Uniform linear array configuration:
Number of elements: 8
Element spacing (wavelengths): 0.5
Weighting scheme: blackman
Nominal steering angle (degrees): -30
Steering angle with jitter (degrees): -31.154
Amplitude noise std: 0.05
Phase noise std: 0.05

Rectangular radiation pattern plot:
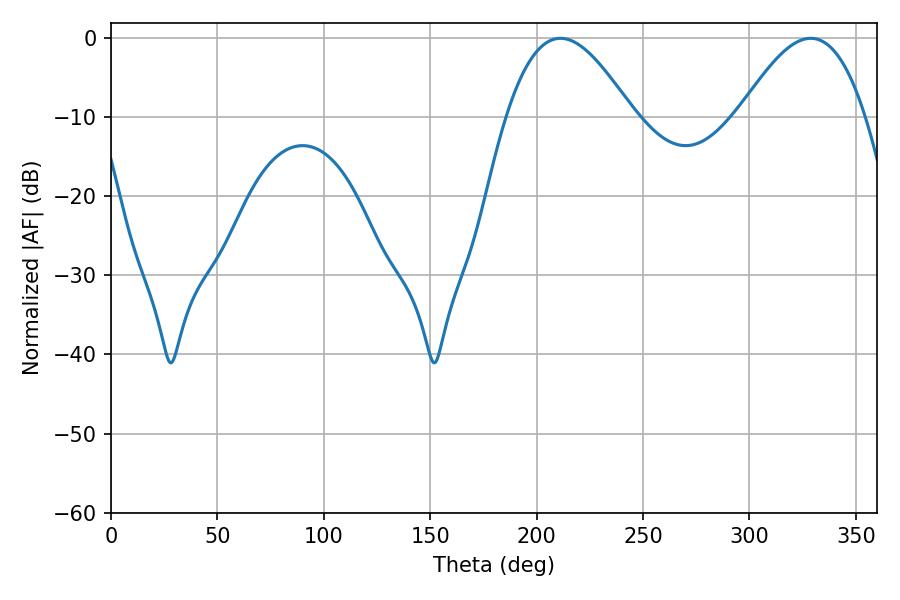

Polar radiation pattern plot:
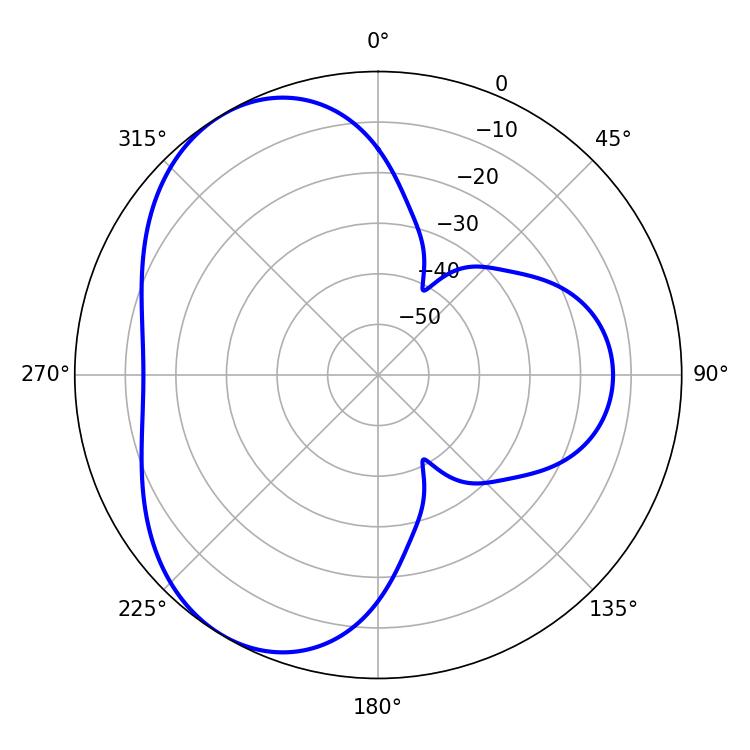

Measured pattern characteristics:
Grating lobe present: FALSE
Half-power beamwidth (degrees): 32.22
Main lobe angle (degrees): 211.14